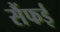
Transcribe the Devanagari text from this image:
सैंफई